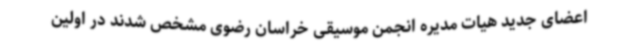
اعضای جدید هیات مدیره انجمن موسیقی خراسان رضوی مشخص شدند در اولین